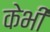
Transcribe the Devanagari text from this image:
केभी